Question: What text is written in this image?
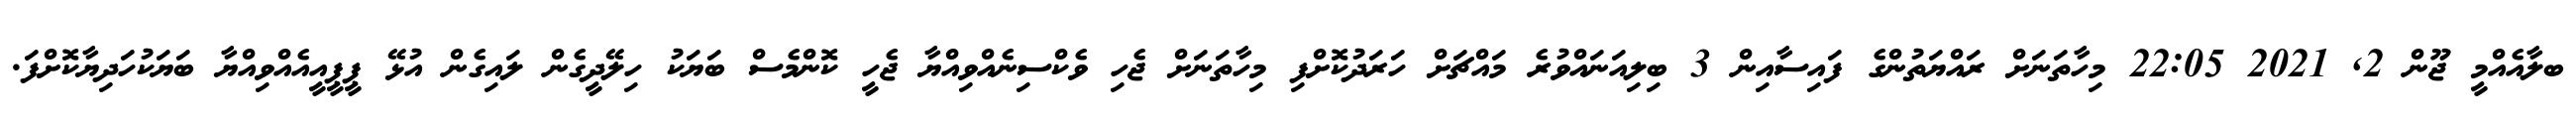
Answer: ބލާއެއްމީ ޖޫން 2, 2021 22:05 މިހާތަނަށް ރައްޔަތުންގެ ފައިސާއިން 3 ބިލިއަނައްވުރެ މައްޗަށް ހަރަދުކޮށްފި މިހާތަނަށް ޖެހި ވެކްސިނެއްވިއްޔާ ޖެހީ ކޮންމެސް ބަޔަކު ހިލޭދީގެން ލައިގެން އުޅޭ ޕީޕީއީއެއްވިއްޔާ ބަޔަކުހަދިޔާކޮށްފަ.